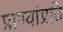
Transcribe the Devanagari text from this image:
प्राण्यांप्रति